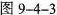
图9-4-3